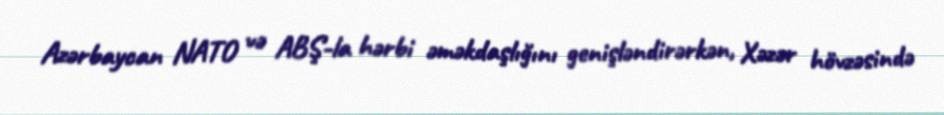
Azərbaycan NATO və ABŞ-la hərbi əməkdaşlığını genişləndirərkən, Xəzər hövzəsində